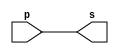
// --------------
// Exemplo0001 - buffer
// Nome: Josemar Alves Caetano
// Matrcula: 448662
// Data: 02/08/2012
// --------------

// --------------
// -- buffer
// --------------
module buffer(output s, input p);
 assign s = p; //Criar vnculo permanente (dependncia)

endmodule //buffer

// --------------
// -- test buffer
// --------------
module testbuffer;
// -------------- Dados locais
 reg a; //Definir registrador (varivel independente)
 wire s; //Definir conexo (fio) (varivel dependente)
 
// -------------- Intncia
 buffer BF1(s, a);

// -------------- Preparao
 initial begin: start
  a = 0; //Valor inicial
 end
 
// -------------- Parte principal
 initial begin: main
   //Execuo unitria
  $display("Exemplo0001 - Josemar Alves Caetano - 448662");
  $display("Test buffer:");
  $display("\t time\ta = s");
   //Execuo permanente
  $monitor("%d\t%b = %b", $time, a, s);
   //Aps uma unidade de tempo
	//Mudar valor do registrador para 1.
 #1 a = 1;
   //Aps duas unidades de tempo
	//Mudar valor do registrador para 0.
 #2 a = 0;
 
 end //begin
 
 endmodule //testbuffer